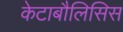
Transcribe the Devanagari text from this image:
केटाबौलिसिस